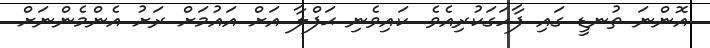
އޮންނަ ތުނޑީ ގައި ފާހަގަކުރިއެވެ. ކައިވެނި ޙަފްލާ އަށް އައުމަށް ރަށު އެންމެންނަށް